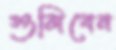
গুলিবেন